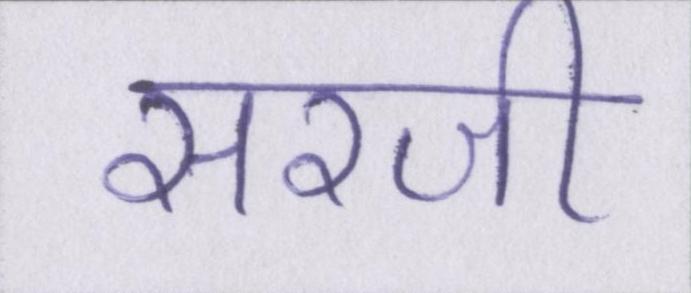
सरजी